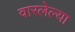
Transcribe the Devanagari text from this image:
वारलेल्या